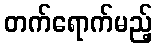
တက်ရောက်မည့်